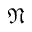
\mathfrak { N }